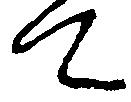
て